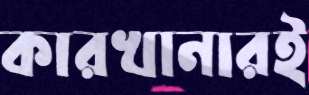
কারখানারই